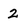
Character: 2